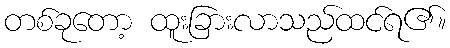
တစ်ခုတော့ ထူးခြားလာသည်ထင်ရ၏။